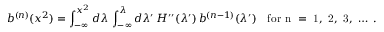
b ^ { ( n ) } ( x ^ { 2 } ) = \int _ { - \infty } ^ { x ^ { 2 } } d \lambda \, \int _ { - \infty } ^ { \lambda } d \lambda ^ { \prime } \, H ^ { \prime \prime } ( \lambda ^ { \prime } ) \, b ^ { ( n - 1 ) } ( \lambda ^ { \prime } ) \quad \mathrm { f o r ~ n ~ = ~ 1 , ~ 2 , ~ 3 , ~ \dots ~ . }